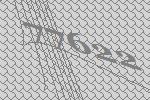
77622